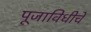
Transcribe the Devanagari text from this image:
पूजाविधीचे